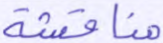
مناقشة